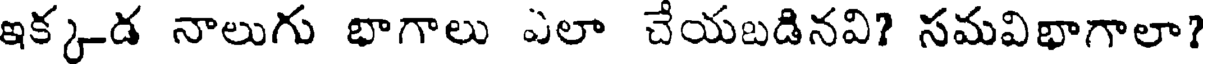
ఇక్కడ నాలుగు భాగాలు ఎలా చేయబడినవి? సమవిభాగాలా?